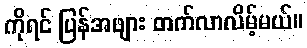
ကိုရင် ပြန်အဖျား တက်လာလိမ့်မယ်။